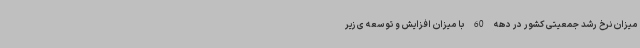
میزان نرخ رشد جمعیتی کشور در دهه 60 با میزان افزایش و توسعه ی زیر